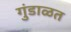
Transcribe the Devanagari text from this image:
गुंडाळत